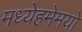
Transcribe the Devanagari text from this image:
मध्येहमेमयो